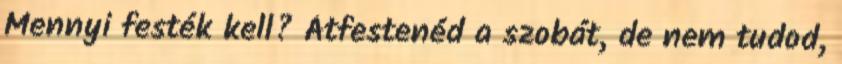
Mennyi festék kell? Átfestenéd a szobát, de nem tudod,